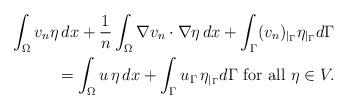
LaTeX: \begin{align*}\int_{\Omega }^{}v_n \eta \,dx + \frac{1}{n} \int_{\Omega }^{} \nabla v_n \cdot \nabla \eta \, dx + \int_{\Gamma }^{} (v_n)_{|_\Gamma} \eta_{|_\Gamma} d\Gamma \\ = \int_{\Omega }^{} u \, \eta\, dx+ \int_{\Gamma }^{} u_{\Gamma}\,\eta_{|_\Gamma} d\Gamma \hbox{ for all } \eta \in V . \end{align*}